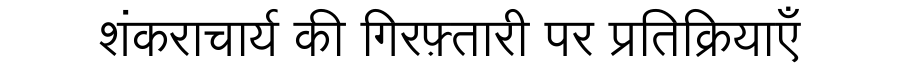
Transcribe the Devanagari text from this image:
शंकराचार्य की गिरफ़्तारी पर प्रतिक्रियाएँ